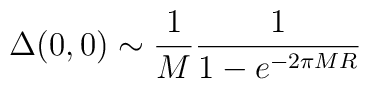
\Delta (0,0)\sim {1\over M}{1\over 1-e^{-2\pi MR}}